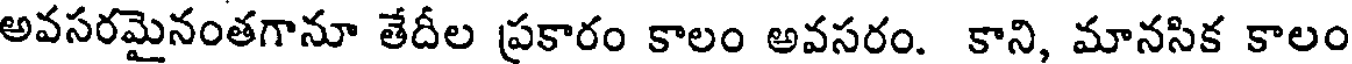
అవసరమైనంతగానూ తేదీల ప్రకారం కాలం అవసరం. కాని, మానసిక కాలం